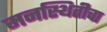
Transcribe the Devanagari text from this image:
मनस्थितीचा